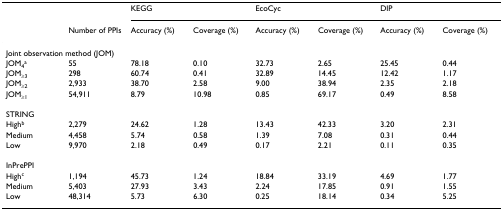
<table><thead><tr><td></td><td></td><td colspan="2"><b>KEGG</b></td><td colspan="2"><b>EcoCyc</b></td><td colspan="2"><b>DIP</b></td></tr><tr><td></td><td><b>Number of PPIs</b></td><td><b>Accuracy (%)</b></td><td><b>Coverage (%)</b></td><td><b>Accuracy (%)</b></td><td><b>Coverage (%)</b></td><td><b>Accuracy (%)</b></td><td><b>Coverage (%)</b></td></tr></thead><tbody><tr><td colspan="8">Joint observation method (JOM)</td></tr><tr><td>JOM<sub>4</sub><sup>a</sup></td><td>55</td><td>78.18</td><td>0.10</td><td>32.73</td><td>2.65</td><td>25.45</td><td>0.44</td></tr><tr><td>JOM<sub>≥3</sub></td><td>298</td><td>60.74</td><td>0.41</td><td>32.89</td><td>14.45</td><td>12.42</td><td>1.17</td></tr><tr><td>JOM<sub>≥2</sub></td><td>2,933</td><td>38.70</td><td>2.58</td><td>9.00</td><td>38.94</td><td>2.35</td><td>2.18</td></tr><tr><td>JOM<sub>≥1</sub></td><td>54,911</td><td>8.79</td><td>10.98</td><td>0.85</td><td>69.17</td><td>0.49</td><td>8.58</td></tr><tr><td colspan="8">STRING</td></tr><tr><td>High<sup>b</sup></td><td>2,279</td><td>24.62</td><td>1.28</td><td>13.43</td><td>42.33</td><td>3.20</td><td>2.31</td></tr><tr><td>Medium</td><td>4,458</td><td>5.74</td><td>0.58</td><td>1.39</td><td>7.08</td><td>0.31</td><td>0.44</td></tr><tr><td>Low</td><td>9,970</td><td>2.18</td><td>0.49</td><td>0.17</td><td>2.21</td><td>0.11</td><td>0.35</td></tr><tr><td colspan="8">InPrePPI</td></tr><tr><td>High<sup>c</sup></td><td>1,194</td><td>45.73</td><td>1.24</td><td>18.84</td><td>33.19</td><td>4.69</td><td>1.77</td></tr><tr><td>Medium</td><td>5,403</td><td>27.93</td><td>3.43</td><td>2.24</td><td>17.85</td><td>0.91</td><td>1.55</td></tr><tr><td>Low</td><td>48,314</td><td>5.73</td><td>6.30</td><td>0.25</td><td>18.14</td><td>0.34</td><td>5.25</td></tr></tbody></table>